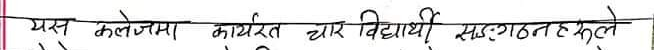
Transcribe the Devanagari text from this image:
यस कलेजमा कार्यरत चार विद्यार्थी सङ्गठतरुले